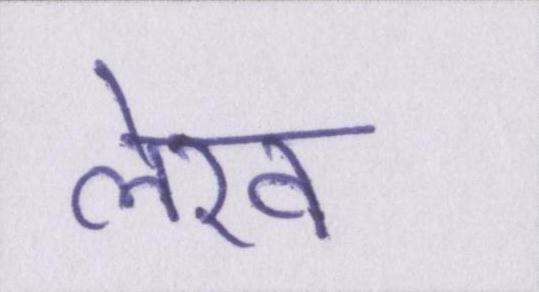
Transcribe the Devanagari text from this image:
लेख